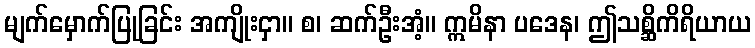
မျက်မှောက်ပြုခြင်း အကျိုးငှာ။ စ၊ ဆက်ဦးအံ့။ ဣမိနာ ပဒေန၊ ဤသစ္ဆိကိရိယာယ